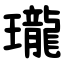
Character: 瓏